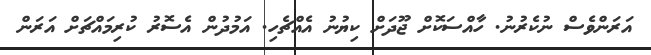
އަރަންވެސް ނުކެރުނު. ހާއްސަކޮށް ޖޫދަށް ކިޔުނު އެއްޗެހި. އަމުދުން އެސޮރު ކުރިމައްޗަށް އަރަން